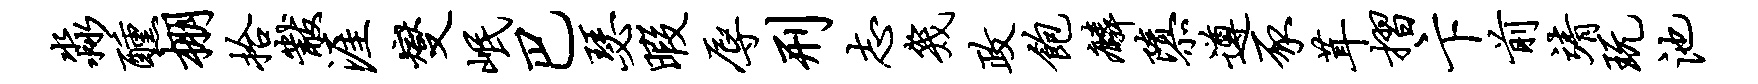
淼醺棚拾黻涯燮岷巴瑟暇辱刑志几政饱麟隳遵豕茸摺卞前靖玩池